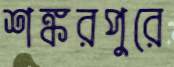
শঙ্করপুরে